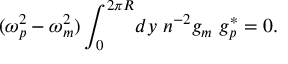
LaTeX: ( \omega _ { p } ^ { 2 } - \omega _ { m } ^ { 2 } ) \int _ { 0 } ^ { 2 \pi R } \! d y \ n ^ { - 2 } g _ { m } \ g _ { p } ^ { * } = 0 .